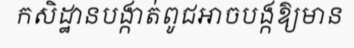
កសិដ្ឋានបង្កាត់ពូជអាចបង្កឱ្យមាន